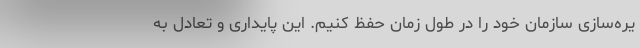
یره‌سازی سازمان خود را در طول زمان حفظ کنیم. این پایداری و تعادل به